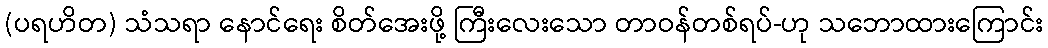
(ပရဟိတ) သံသရာ နောင်ရေး စိတ်အေးဖို့ ကြီးလေးသော တာဝန်တစ်ရပ်-ဟု သဘောထားကြောင်း